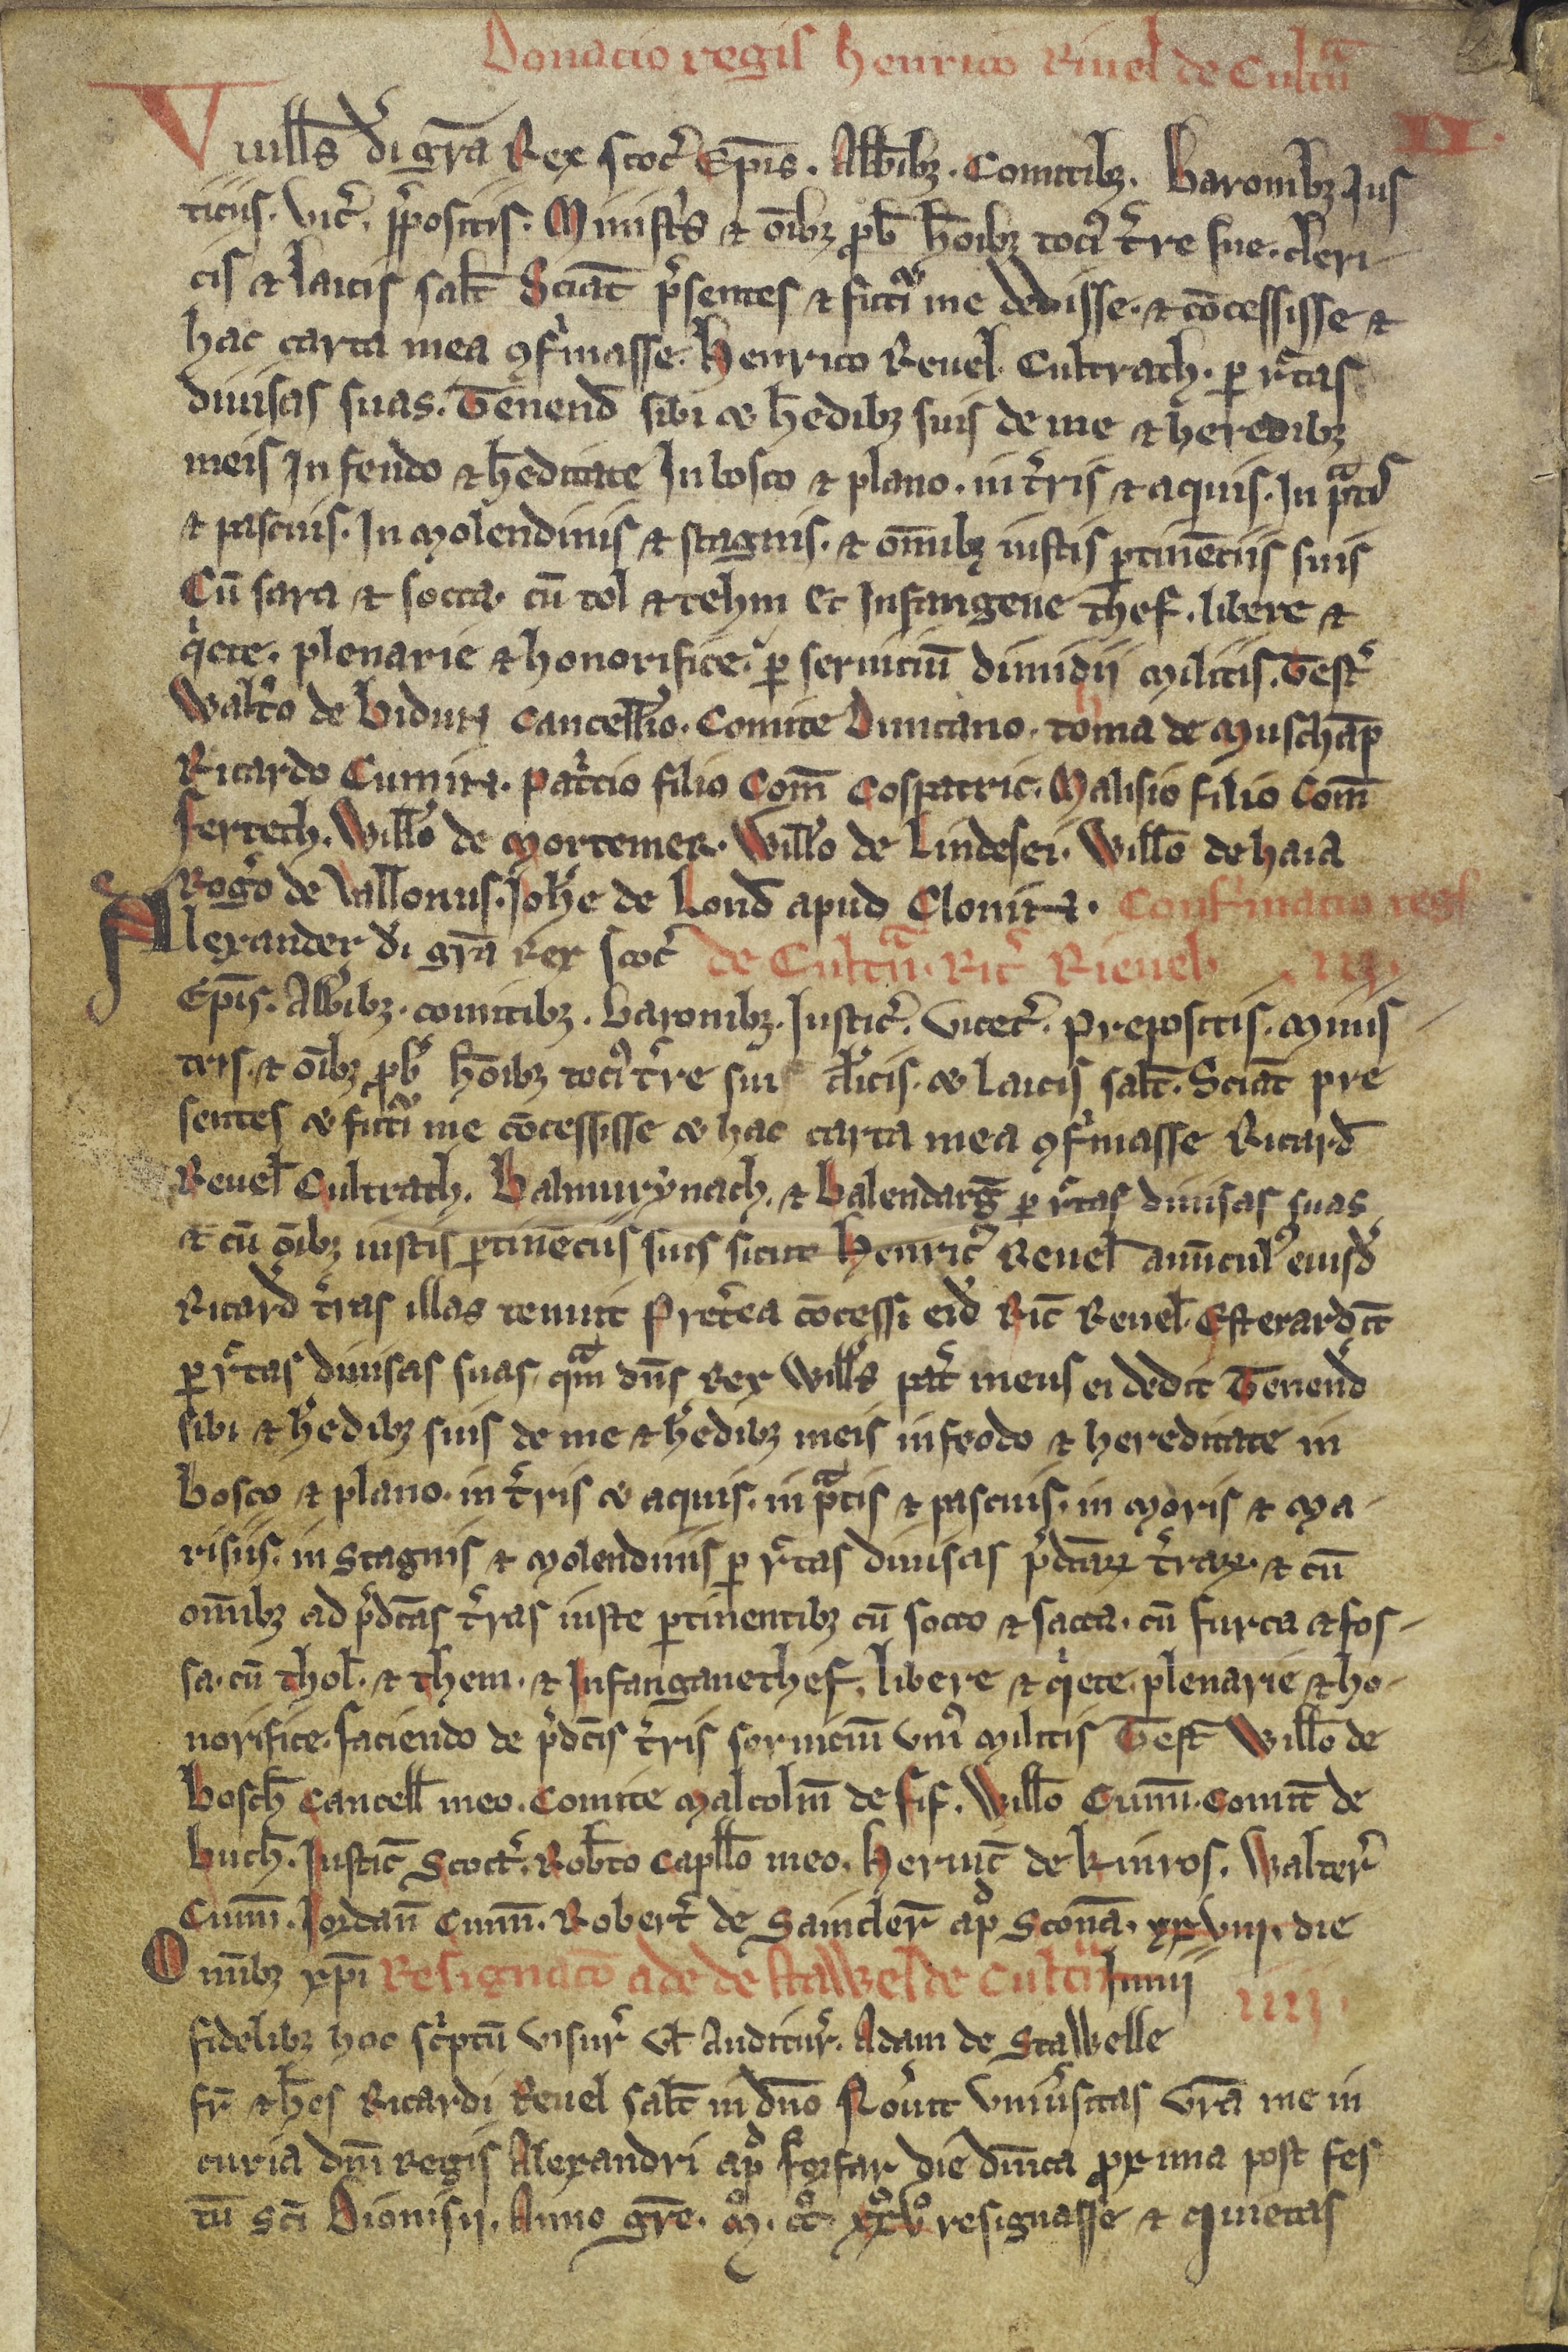
Shelfmark: Edimburgh, National Library of Scotland, Adv. ms. 34.5.3
Century: 14